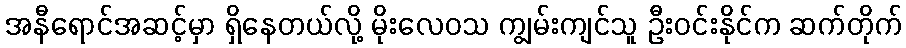
အနီရောင်အဆင့်မှာ ရှိနေတယ်လို့ မိုးလေဝသ ကျွမ်းကျင်သူ ဦးဝင်းနိုင်က ဆက်တိုက်